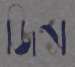
জিন্স